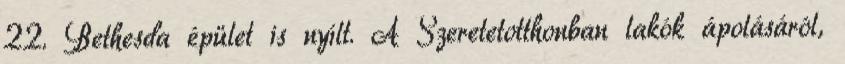
22. Bethesda épület is nyílt. A Szeretetotthonban lakók ápolásáról,